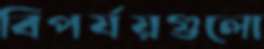
বিপর্যয়গুলো